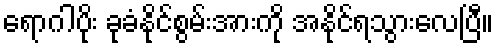
ရောဂါပိုး ခုခံနိုင်စွမ်းအားကို အနိုင်ရသွားလေပြီ။